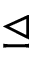
\trianglelefteq